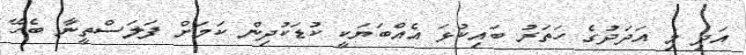
އަދި މި އަދަދުގެ ހަތަރު ބައިކުޅަ އެއްބަޔަކީ ކުޑަކުދިން ކަމަށް ފަލަސްތީނާ ބެހޭ